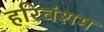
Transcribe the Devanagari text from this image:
हरिवंशम